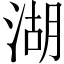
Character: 湖